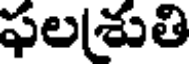
ఫలశుతి